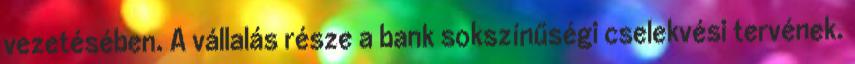
vezetésében. A vállalás része a bank sokszínűségi cselekvési tervének.